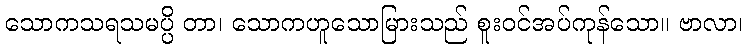
သောကသရသမပ္ပိ တာ၊ သောကဟူသောမြားသည် စူးဝင်အပ်ကုန်သော။ ဗာလာ၊